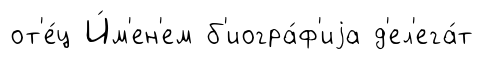
от'е́ц И́м'ен'ем б'иогра́ф'иjа д'ел'ега́т